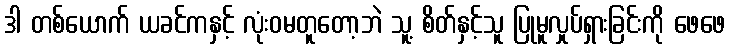
ဒါ တစ်ယောက် ယခင်ကနှင့် လုံးဝမတူတော့ဘဲ သူ့ စိတ်နှင့်သူ ပြုမူလှုပ်ရှားခြင်းကို ဖေဖေ